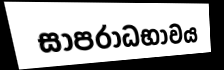
සාපරාධභාවය